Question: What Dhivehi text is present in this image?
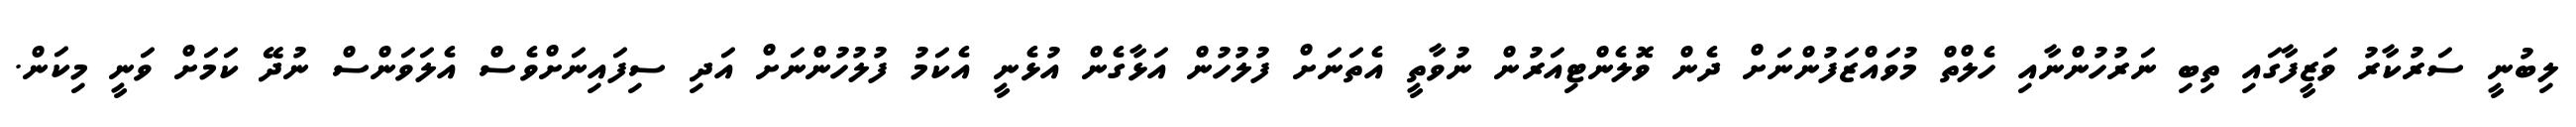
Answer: ލިބުނީ ސަރުކާރު ވަޒީފާގައި ތިބި ނަރުހުންނާއި ހެލްތް މުވައްޒަފުންނަށް ދެން ވޮލެންޓިއަރުން ނުވާތީ އެތަނަށް ފުލުހުން އަޅާގެން އުޅެނީ އެކަމު ފުލުހުންނަށް އަދި ސިފައިނަށްވެސް އެލަވަންސް ނުދޭ ކަމަށް ވަނީ މިކަން.